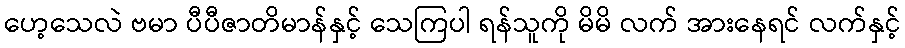
ဟေ့သေလဲ ဗမာ ပီပီဇာတိမာန်နှင့် သေကြပါ ရန်သူကို မိမိ လက် အားနေရင် လက်နှင့်